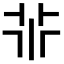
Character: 𠁬